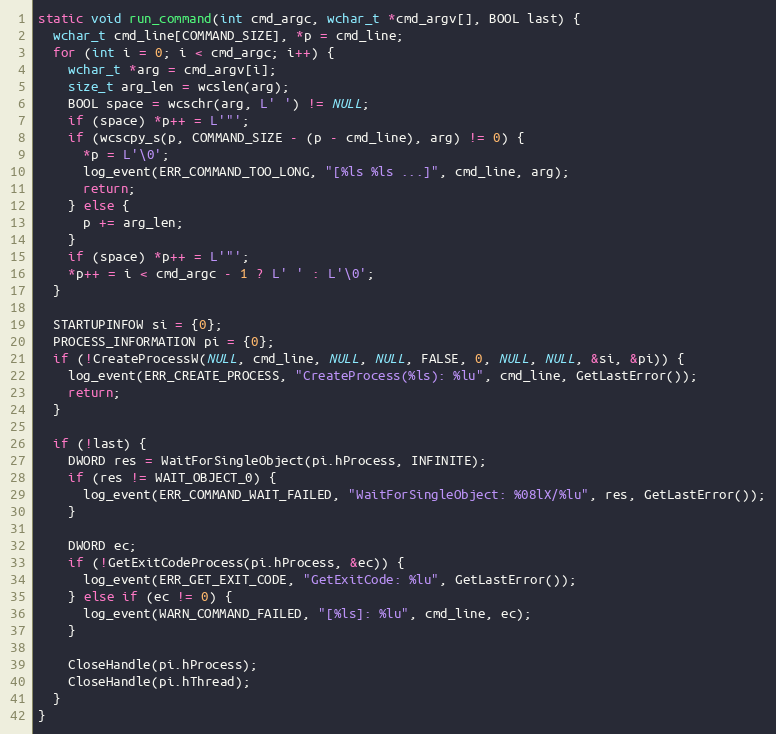
Language: C
static void run_command(int cmd_argc, wchar_t *cmd_argv[], BOOL last) {
  wchar_t cmd_line[COMMAND_SIZE], *p = cmd_line;
  for (int i = 0; i < cmd_argc; i++) {
    wchar_t *arg = cmd_argv[i];
    size_t arg_len = wcslen(arg);
    BOOL space = wcschr(arg, L' ') != NULL;
    if (space) *p++ = L'"';
    if (wcscpy_s(p, COMMAND_SIZE - (p - cmd_line), arg) != 0) {
      *p = L'\0';
      log_event(ERR_COMMAND_TOO_LONG, "[%ls %ls ...]", cmd_line, arg);
      return;
    } else {
      p += arg_len;
    }
    if (space) *p++ = L'"';
    *p++ = i < cmd_argc - 1 ? L' ' : L'\0';
  }

  STARTUPINFOW si = {0};
  PROCESS_INFORMATION pi = {0};
  if (!CreateProcessW(NULL, cmd_line, NULL, NULL, FALSE, 0, NULL, NULL, &si, &pi)) {
    log_event(ERR_CREATE_PROCESS, "CreateProcess(%ls): %lu", cmd_line, GetLastError());
    return;
  }

  if (!last) {
    DWORD res = WaitForSingleObject(pi.hProcess, INFINITE);
    if (res != WAIT_OBJECT_0) {
      log_event(ERR_COMMAND_WAIT_FAILED, "WaitForSingleObject: %08lX/%lu", res, GetLastError());
    }

    DWORD ec;
    if (!GetExitCodeProcess(pi.hProcess, &ec)) {
      log_event(ERR_GET_EXIT_CODE, "GetExitCode: %lu", GetLastError());
    } else if (ec != 0) {
      log_event(WARN_COMMAND_FAILED, "[%ls]: %lu", cmd_line, ec);
    }

    CloseHandle(pi.hProcess);
    CloseHandle(pi.hThread);
  }
}